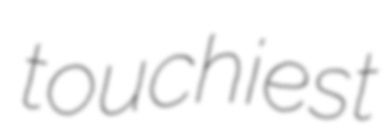
touchiest